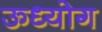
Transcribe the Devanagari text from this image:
ऊध्योग